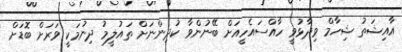
އާއިޝަތު ޝިހާމް ވިދާޅުވީ ހާއްސައެހީއަށް ބޭނުންވާ ކުދިންނަށް ތައުލީމު ދިނުމަކީ ވަރަށް ބޮޑަށް